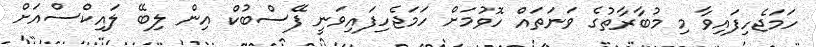
ހަމަޖެހިފައިވާ މި މުބާރާތުގެ ވަނަތައް ހޮވުމަށް ހަމަޖެހިފައިވަނީ ފޭސްބުކް އިން ލިބޭ ލައިކްސްއަށް